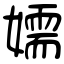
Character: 嬬